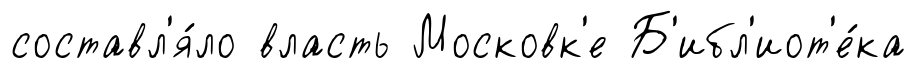
составл'я́ло власть Московк'е Б'ибл'иот'е́ка